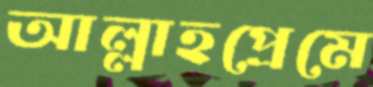
আল্লাহপ্রেমে